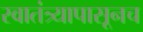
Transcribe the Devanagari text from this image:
स्वातंत्र्यापासूनच